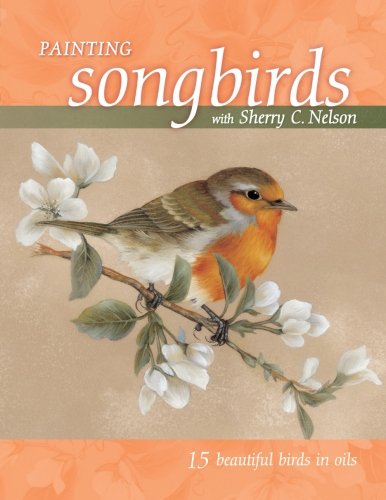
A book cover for Painting Songbirds with Sherry C. Nelson: 15 Beautiful Birds in Oil; Sherry Nelson; Arts & Photography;